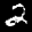
Label: 2